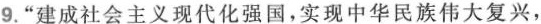
9.”建成社会主义现代化强国，实现中华民族伟大复兴，